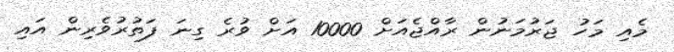
މެއި މަހު ޖަރުމަނުން ރާއްޖެއަށް 10000 އަށް ވުރެ ގިނަ ފަތުރުވެރިން އައި